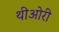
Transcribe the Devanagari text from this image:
थीओरी